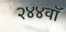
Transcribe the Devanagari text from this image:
२४४वॉ